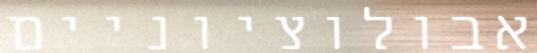
אבולוציוניים